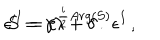
LaTeX: \epsilon ^ { \prime I } = e ^ { \frac { i } { 2 } A r g ( S ) } \epsilon ^ { I } \, , \hspace { 1 c m } S = \gamma \lambda + \delta \, .